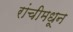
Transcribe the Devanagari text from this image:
रांचीमधून